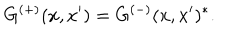
LaTeX: G ^ { ( + ) } ( x , x ^ { \prime } ) = G ^ { ( - ) } ( x , x ^ { \prime } ) ^ { * } .